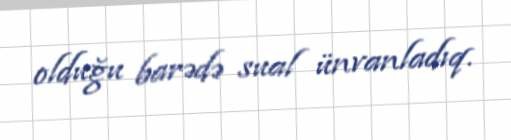
olduğu barədə sual ünvanladıq.